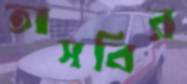
তাসবির